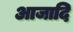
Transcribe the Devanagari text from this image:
आजादि